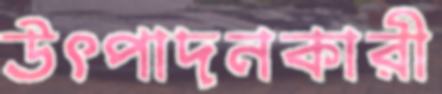
উৎপাদনকারী